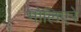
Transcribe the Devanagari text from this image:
मोलिएरे